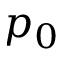
p _ { 0 }